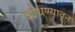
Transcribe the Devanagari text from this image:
शोधण्यातून